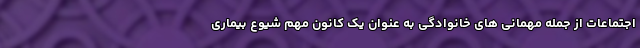
اجتماعات از جمله مهمانی های خانوادگی به عنوان یک کانون مهم شیوع بیماری